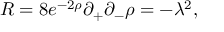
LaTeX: R = 8 e ^ { - 2 \rho } \partial _ { + } \partial _ { - } \rho = - \lambda ^ { 2 } ,